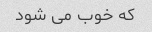
که خوب می شود